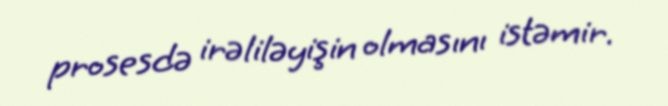
prosesdə irəliləyişin olmasını istəmir.